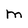
Character: M